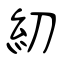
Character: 糿